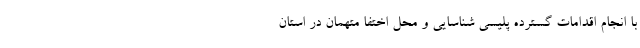
با انجام اقدامات گسترده پلیسی شناسایی و محل اختفا متهمان در استان